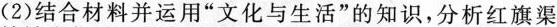
(2)结合材料并运用“文化与生活”的知识，分析红旗渠